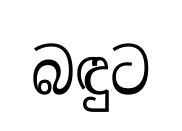
බඳුට